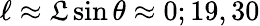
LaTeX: \ell\approx\mathfrak{L}\sin\theta\approx0;19,30